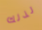
لذلك